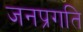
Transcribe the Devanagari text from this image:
जनप्रगति